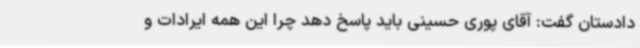
دادستان گفت: آقای پوری حسینی باید پاسخ دهد چرا این همه ایرادات و